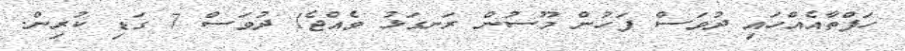
ހަފްތާއެއްހައި ދުވަސް ފަހުން މޫސުން ރަނގަޅު ވެއްޖެ1 ދުވަސް 7 ގަޑި ކުރިން.